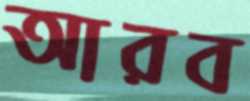
আরব